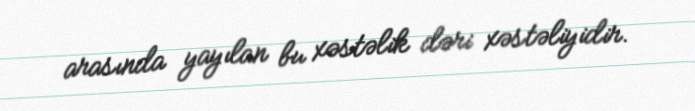
arasında yayılan bu xəstəlik dəri xəstəliyidir.